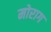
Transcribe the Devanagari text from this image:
मोराग